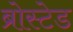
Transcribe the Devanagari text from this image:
ब्रोस्टेड